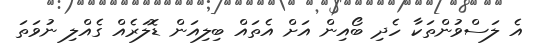
އެ ލަސްވުންތަކާ ހެދި ބޯއިން އަށް އެތައް ބިލިއަން ޑޮލަރެއް ގެއްލި ނުވަތަ